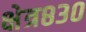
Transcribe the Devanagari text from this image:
क्षेत्र८३०